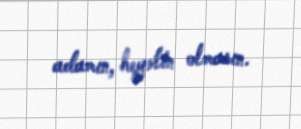
adamın, heyətin olmasın.